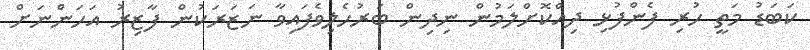
ކަބަޑު މަތީ ހުރި ފެންފުޅި ދިއްކޮށްލަމުން ނިދިން ބަރުހެލިވެފައިވާ ނަޒަރަކުން ފާޒިރު އަހަންނަށް